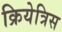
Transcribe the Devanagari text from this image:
क्रियेत्रिस